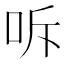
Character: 𭇓